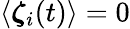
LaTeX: \langle\boldsymbol{\zeta}_{i}(t)\rangle=0